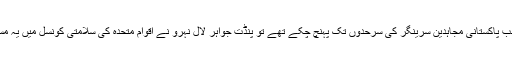
اس وقت جب پاکستانی مجاہدین سرینگر کی سرحدوں تک پہنچ چکے تھے تو پنڈت جواہر لال نہرو نے اقوام متحدہ کی سلامتی کونسل میں یہ مسئلہ اٹھایا ۔